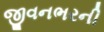
જીવનભરની